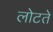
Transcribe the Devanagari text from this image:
लोटते